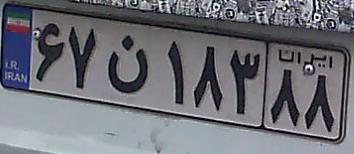
۶۷ن۱۸۳۸۸